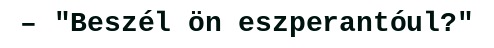
– "Beszél ön eszperantóul?"